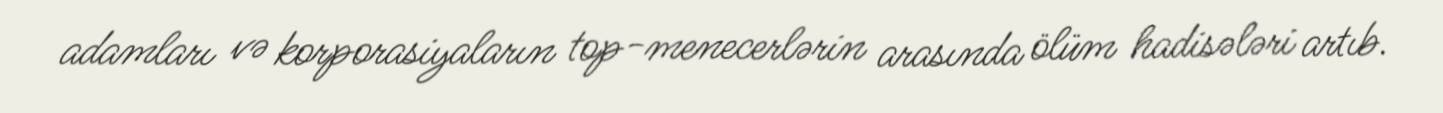
adamları və korporasiyaların top-menecerlərin arasında ölüm hadisələri artıb.